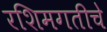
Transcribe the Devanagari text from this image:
रशिमगतीचे